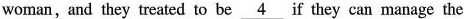
woman,and they treated to be \underline{4} f they can manage the